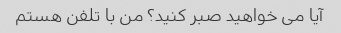
آیا می خواهید صبر کنید؟ من با تلفن هستم